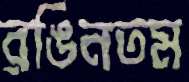
রঙিনতম